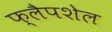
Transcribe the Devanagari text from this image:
फ्लैपशेल